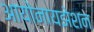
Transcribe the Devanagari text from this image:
आयोनायझेशन